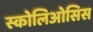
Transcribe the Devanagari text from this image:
स्कोलिओसिस